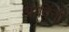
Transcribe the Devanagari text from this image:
आदिंनी